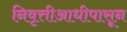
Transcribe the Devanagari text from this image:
निवृत्तीआधीपासून